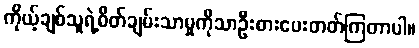
ကိုယ့်ချစ်သူရဲ့စိတ်ချမ်းသာမှုကိုသာဦးစားပေးတတ်ကြတာပါ။